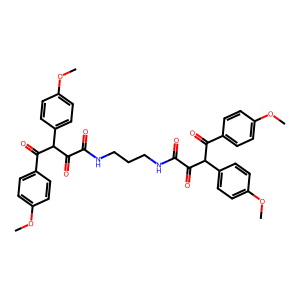
SMILES: COc1ccc(C(=O)C(C(=O)C(=O)NCCCNC(=O)C(=O)C(C(=O)c2ccc(OC)cc2)c2ccc(OC)cc2)c2ccc(OC)cc2)cc1
Inhibits HIV replication: No